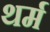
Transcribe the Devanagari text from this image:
थर्म